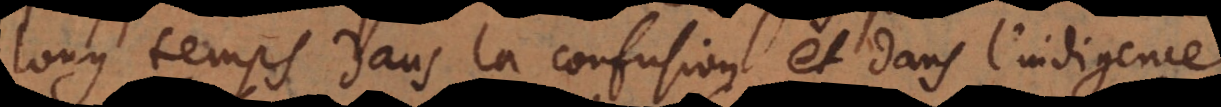
long temps dans la confusion et dans l’indigence